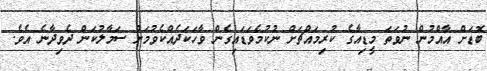
ބޮޑަށް އާއްމުން ނުވަތަ މީޑިއާގެ ކުރިމައްޗަށް ނުކުމެވަޑައިގެން ވާހަކަދެއްކެވުމަށް ސަމާލުކަން ދެވިދާނެ އެވެ.